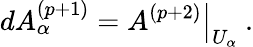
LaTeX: dA_{\alpha}^{(p+1)}=\left.A^{(p+2)}\right|_{U_{\alpha}}\ .